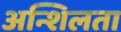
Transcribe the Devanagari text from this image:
अन्शिलता